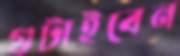
গুটাইবেন